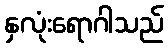
နှလုံးရောဂါသည်